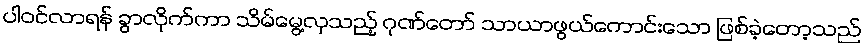
ပါဝင်လာရန် ခွာလိုက်ကာ သိမ်မွေ့လှသည့် ဂုဏ်တော် သာယာဖွယ်ကောင်းသော ဖြစ်ခဲ့တော့သည်